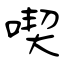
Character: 喫